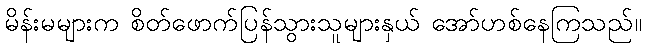
မိန်းမများက စိတ်ဖောက်ပြန်သွားသူများနှယ် အော်ဟစ်နေကြသည်။